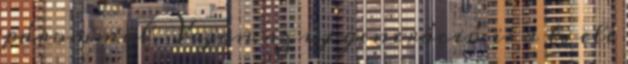
párommal. Vajon az új generáció is a tv elé